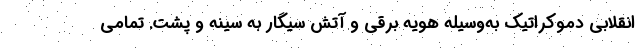
انقلابی دموکراتیک به‌وسیله هویه برقی و آتش سیگار به سینه و پشت. تمامی